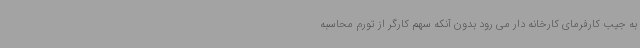
به جیب کارفرمای کارخانه دار می رود بدون آنکه سهم کارگر از تورم محاسبه